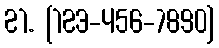
21. [123-456-7890]